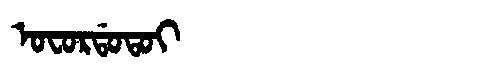
Manchu: ᠣᠸᠣᡵᡩᠣᡨᠣᡳ
Romanization: OFORDOTOI